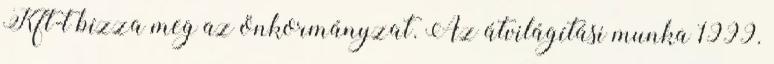
Kft-t bízza meg az önkormányzat. Az átvilágítási munka 1999.